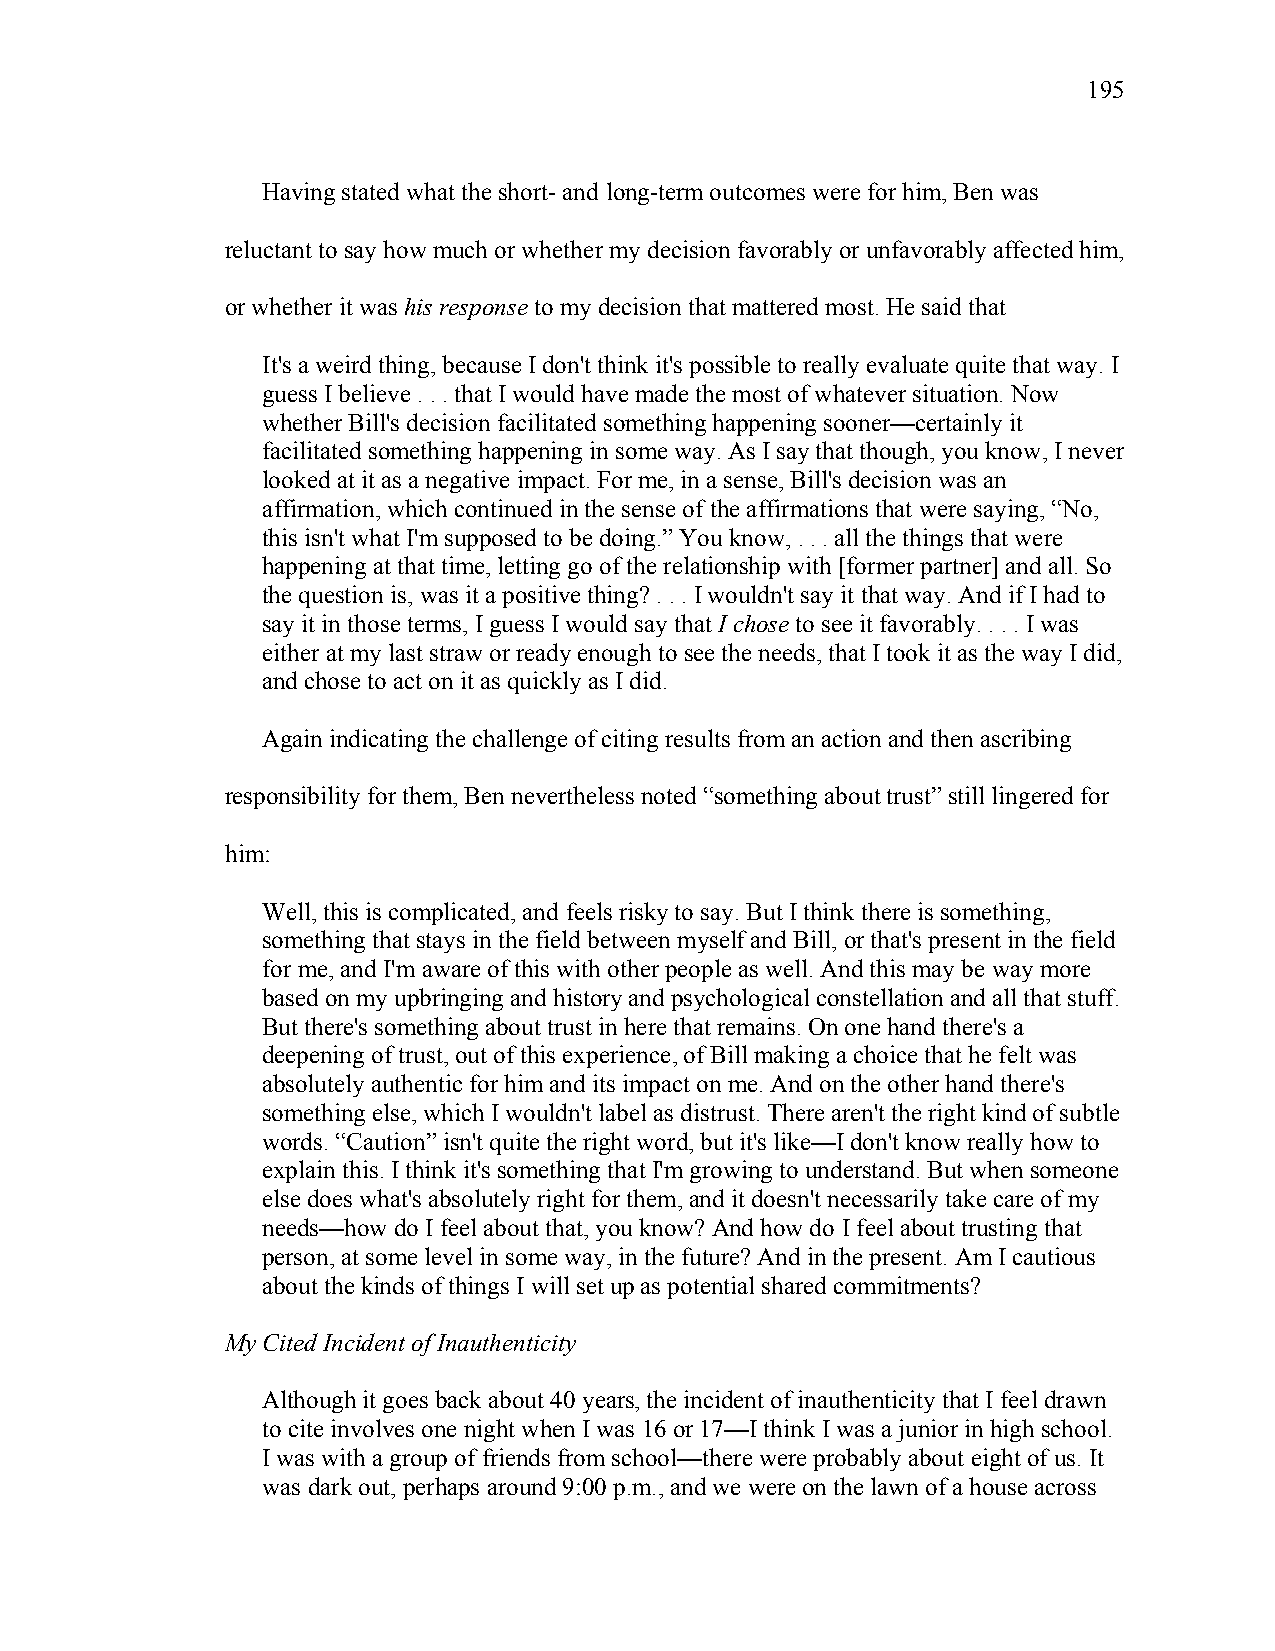
195
 Having stated what the short- and long-term outcomes were for him, Ben was
 reluctant to say how much or whether my decision favorably or unfavorably affected him,
 or whether it was his response to my decision that mattered most. He said that
 It's a weird thing, because I don't think it's possible to really evaluate quite that way. I
 guess I believe . . . that I would have made the most of whatever situation. Now
 whether Bill's decision facilitated something happening sooner—certainly it
 facilitated something happening in some way. As I say that though, you know, I never
 looked at it as a negative impact. For me, in a sense, Bill's decision was an
 affirmation, which continued in the sense of the affirmations that were saying, “No,
 this isn't what I'm supposed to be doing.” You know, . . . all the things that were
 happening at that time, letting go of the relationship with [former partner] and all. So
 the question is, was it a positive thing? . . . I wouldn't say it that way. And if I had to
 say it in those terms, I guess I would say that I chose to see it favorably. . . . I was
 either at my last straw or ready enough to see the needs, that I took it as the way I did,
 and chose to act on it as quickly as I did.
 Again indicating the challenge of citing results from an action and then ascribing
 responsibility for them, Ben nevertheless noted “something about trust” still lingered for
 him:
 Well, this is complicated, and feels risky to say. But I think there is something,
 something that stays in the field between myself and Bill, or that's present in the field
 for me, and I'm aware of this with other people as well. And this may be way more
 based on my upbringing and history and psychological constellation and all that stuff.
 But there's something about trust in here that remains. On one hand there's a
 deepening of trust, out of this experience, of Bill making a choice that he felt was
 absolutely authentic for him and its impact on me. And on the other hand there's
 something else, which I wouldn't label as distrust. There aren't the right kind of subtle
 words. “Caution” isn't quite the right word, but it's like—I don't know really how to
 explain this. I think it's something that I'm growing to understand. But when someone
 else does what's absolutely right for them, and it doesn't necessarily take care of my
 needs—how do I feel about that, you know? And how do I feel about trusting that
 person, at some level in some way, in the future? And in the present. Am I cautious
 about the kinds of things I will set up as potential shared commitments?
 My Cited Incident of Inauthenticity
 Although it goes back about 40 years, the incident of inauthenticity that I feel drawn
 to cite involves one night when I was 16 or 17—I think I was a junior in high school.
 I was with a group of friends from school—there were probably about eight of us. It
 was dark out, perhaps around 9:00 p.m., and we were on the lawn of a house across